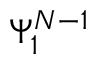
\Psi _ { 1 } ^ { N - 1 }